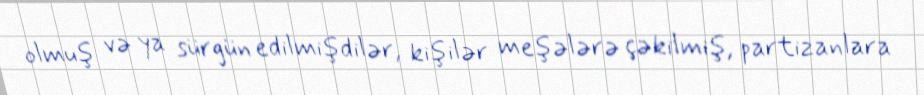
olmuş və ya sürgün edilmişdilər, kişilər meşələrə çəkilmiş, partizanlara